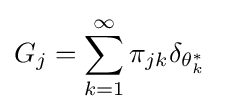
{\begin{aligned}G_{j}&=\sum _{k=1}^{\infty }\pi _{jk}\delta _{\theta _{k}^{*}}\end{aligned}}